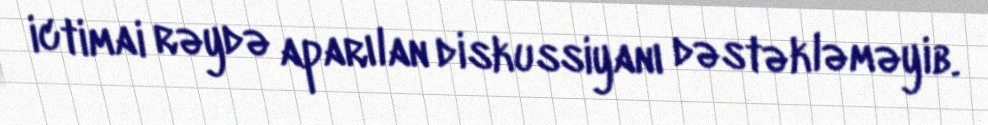
ictimai rəydə aparılan diskussiyanı dəstəkləməyib.